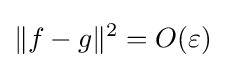
\|f-g\|^{2}=O(\varepsilon )